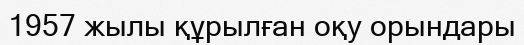
1957 жылы құрылған оқу орындары